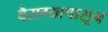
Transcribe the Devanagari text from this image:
वैराग्यापासून